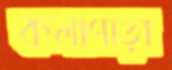
কলাপাড়া